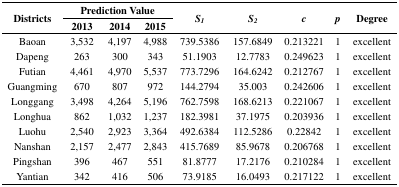
<table><thead><tr><td rowspan="2"><b>Districts</b></td><td colspan="3"><b>Prediction Value</b></td><td rowspan="2"><b><i>S<sub>1</sub></i></b></td><td rowspan="2"><b><i>S<sub>2</sub></i></b></td><td rowspan="2"><b><i>c</i></b></td><td rowspan="2"><b><i>p</i></b></td><td rowspan="2"><b>Degree</b></td></tr><tr><td><b>2013</b></td><td><b>2014</b></td><td><b>2015</b></td></tr></thead><tbody><tr><td>Baoan</td><td>3,532</td><td>4,197</td><td>4,988</td><td>739.5386</td><td>157.6849</td><td>0.213221</td><td>1</td><td>excellent</td></tr><tr><td>Dapeng</td><td>263</td><td>300</td><td>343</td><td>51.1903</td><td>12.7783</td><td>0.249623</td><td>1</td><td>excellent</td></tr><tr><td>Futian</td><td>4,461</td><td>4,970</td><td>5,537</td><td>773.7296</td><td>164.6242</td><td>0.212767</td><td>1</td><td>excellent</td></tr><tr><td>Guangming</td><td>670</td><td>807</td><td>972</td><td>144.2794</td><td>35.003</td><td>0.242606</td><td>1</td><td>excellent</td></tr><tr><td>Longgang</td><td>3,498</td><td>4,264</td><td>5,196</td><td>762.7598</td><td>168.6213</td><td>0.221067</td><td>1</td><td>excellent</td></tr><tr><td>Longhua</td><td>862</td><td>1,032</td><td>1,237</td><td>182.3981</td><td>37.1975</td><td>0.203936</td><td>1</td><td>excellent</td></tr><tr><td>Luohu</td><td>2,540</td><td>2,923</td><td>3,364</td><td>492.6384</td><td>112.5286</td><td>0.22842</td><td>1</td><td>excellent</td></tr><tr><td>Nanshan</td><td>2,157</td><td>2,477</td><td>2,843</td><td>415.7689</td><td>85.9678</td><td>0.206768</td><td>1</td><td>excellent</td></tr><tr><td>Pingshan</td><td>396</td><td>467</td><td>551</td><td>81.8777</td><td>17.2176</td><td>0.210284</td><td>1</td><td>excellent</td></tr><tr><td>Yantian</td><td>342</td><td>416</td><td>506</td><td>73.9185</td><td>16.0493</td><td>0.217122</td><td>1</td><td>excellent</td></tr></tbody></table>